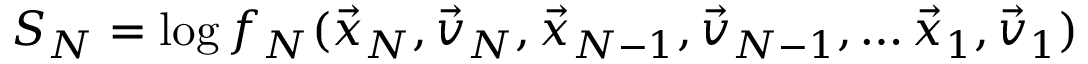
S _ { N } = \log f _ { N } ( \vec { x } _ { N } , \vec { v } _ { N } , \vec { x } _ { N - 1 } , \vec { v } _ { N - 1 } , \dots \vec { x } _ { 1 } , \vec { v } _ { 1 } )